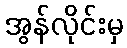
အွန်လိုင်းမှ